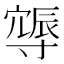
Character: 𨑈